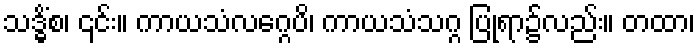
သဒ္ဓိံစ၊ ၎င်း။ ကာယသံလဂ္ဂေပိ၊ ကာယသံသဂ္ဂ ပြုရာ၌လည်း။ တထာ၊